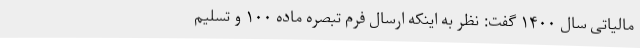
مالیاتی سال ۱۴۰۰ گفت: نظر به اینکه ارسال فرم تبصره ماده ۱۰۰ و تسلیم